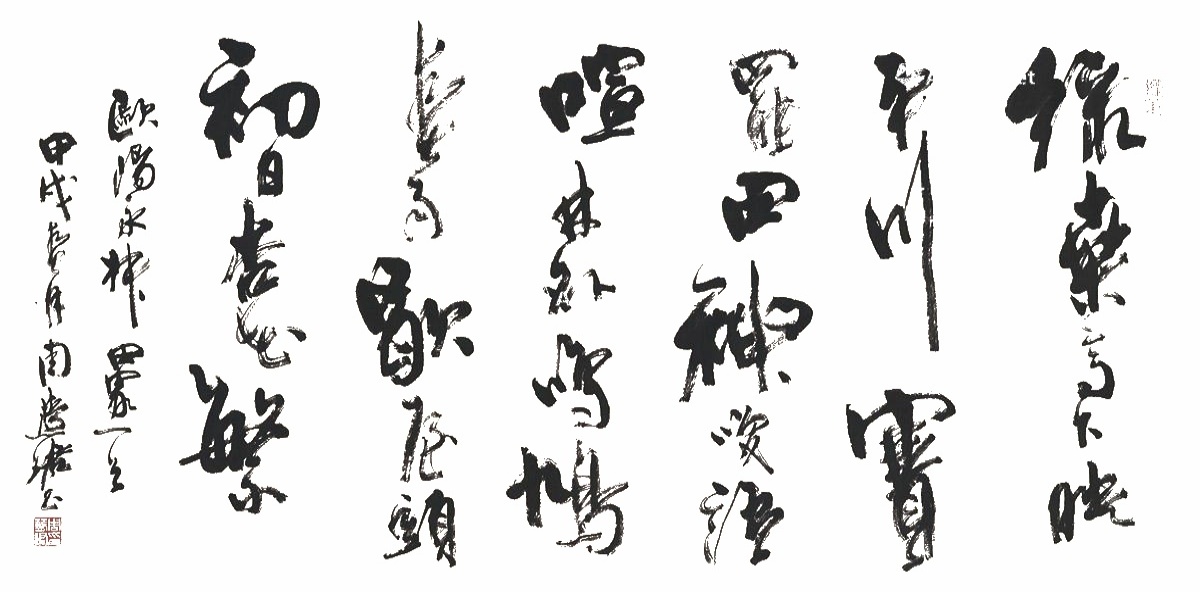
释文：绿桑高下映平川，赛罢田神笑语喧。林外鸣鸠春雨歇，屋头初日杏花繁。欧阳永叔田家一首，甲戌春月，周慧珺书。